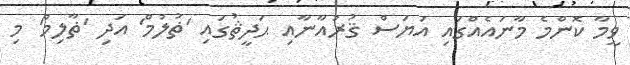
ވީމާ ކޮންމެ މާނައެއްގައި އަޔަސް ޤުރުއާނާއި ޙަދީޘުގައި 'ޡުލުމް' އަދި 'ޡާލިމް' މި